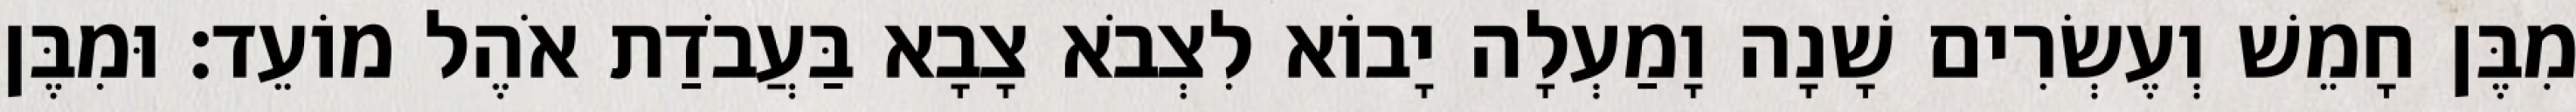
מִבֶּן חָמֵשׁ וְעֶשְׂרִים שָׁנָה וָמַעְלָה יָבוֹא לִצְבֹא צָבָא בַּעֲבֹדַת אֹהֶל מוֹעֵד׃ וּמִבֶּן